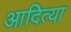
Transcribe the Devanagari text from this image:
आदित्या